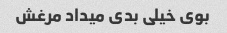
بوی خیلی بدی میداد مرغش